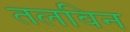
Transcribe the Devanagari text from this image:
तलविन